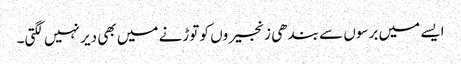
ایسے میں برسوں سے بندھی زنجیروں کو توڑنے میں بھی دیر نہیں لگتی۔